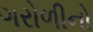
ગરોળીનો